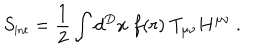
LaTeX: S _ { \mathrm { { \small i n t } } } = { \frac { 1 } { 2 } } \int d ^ { D } x ~ f ( r ) ~ T _ { \mu \nu } H ^ { \mu \nu } ~ .